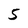
Character: 5